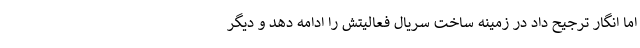
اما انگار ترجیح داد در زمینه ساخت سریال فعالیتش را ادامه دهد و دیگر